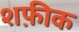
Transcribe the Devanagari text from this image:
शफ़ीक